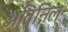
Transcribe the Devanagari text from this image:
अतिनिल